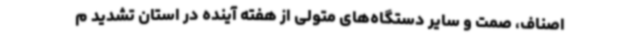
اصناف، صمت و سایر دستگاه‌های متولی از هفته آینده در استان تشدید م